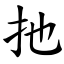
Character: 扡